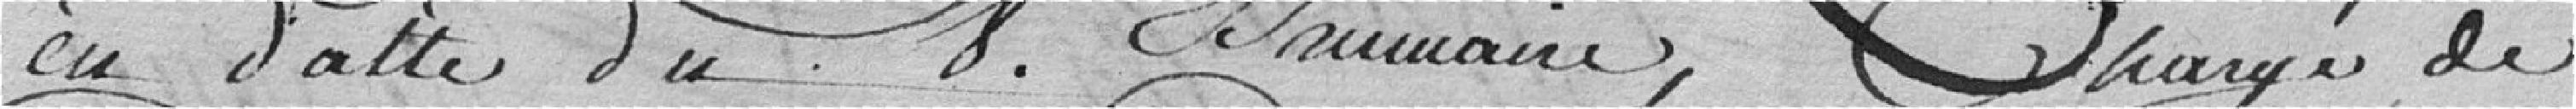
en date du 8 Brumaire, chargé de